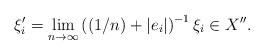
LaTeX: \begin{align*}\xi'_{i} = \lim_{n \to \infty} \left(\left(1/n\right)+ |e_i|\right)^{-1}\xi_i \in X''.\end{align*}